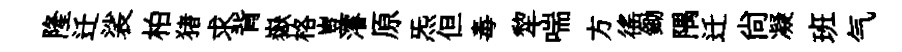
隆迁裟柏猪求背嶽格豈濬原炁但毒犂喘方徭鋤隅迁尙凝班气